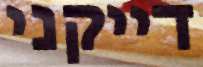
דייקני